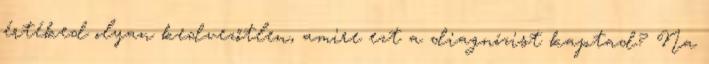
értéked olyan kedvezőtlen, amire ezt a diagnózist kaptad? Na